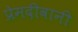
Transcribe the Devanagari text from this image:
प्रेमदीवानी